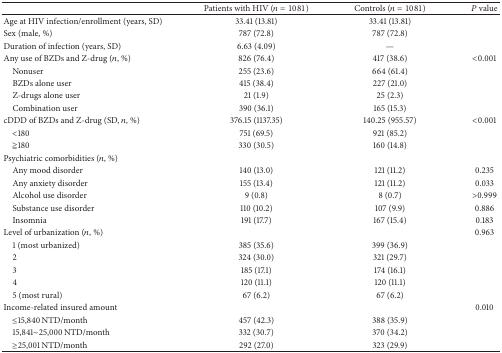
<table><thead><tr><td><b> </b></td><td><b>Patients with HIV (<i>n</i> = 1081)</b></td><td><b>Controls (<i>n</i> = 1081)</b></td><td><b><i>P</i> value</b></td></tr></thead><tbody><tr><td>Age at HIV infection/enrollment (years, SD)</td><td>33.41 (13.81)</td><td>33.41 (13.81)</td><td> </td></tr><tr><td>Sex (male, %)</td><td>787 (72.8)</td><td>787 (72.8)</td><td> </td></tr><tr><td>Duration of infection (years, SD)</td><td>6.63 (4.09)</td><td>—</td><td> </td></tr><tr><td>Any use of BZDs and Z-drug (<i>n</i>, %)</td><td>826 (76.4)</td><td>417 (38.6)</td><td>&lt;0.001</td></tr><tr><td> Nonuser</td><td>255 (23.6)</td><td>664 (61.4)</td><td> </td></tr><tr><td> BZDs alone user</td><td>415 (38.4)</td><td>227 (21.0)</td><td> </td></tr><tr><td> Z-drugs alone user</td><td>21 (1.9)</td><td>25 (2.3)</td><td> </td></tr><tr><td> Combination user</td><td>390 (36.1)</td><td>165 (15.3)</td><td> </td></tr><tr><td>cDDD of BZDs and Z-drug (SD, <i>n</i>, %)</td><td>376.15 (1137.35)</td><td>140.25 (955.57)</td><td>&lt;0.001</td></tr><tr><td> &lt;180</td><td>751 (69.5)</td><td>921 (85.2)</td><td> </td></tr><tr><td> ≧180</td><td>330 (30.5)</td><td>160 (14.8)</td><td> </td></tr><tr><td>Psychiatric comorbidities (<i>n</i>, %)</td><td> </td><td> </td><td> </td></tr><tr><td> Any mood disorder</td><td>140 (13.0)</td><td>121 (11.2)</td><td>0.235</td></tr><tr><td> Any anxiety disorder</td><td>155 (13.4)</td><td>121 (11.2)</td><td>0.033</td></tr><tr><td> Alcohol use disorder</td><td>9 (0.8)</td><td>8 (0.7)</td><td>&gt;0.999</td></tr><tr><td> Substance use disorder</td><td>110 (10.2)</td><td>107 (9.9)</td><td>0.886</td></tr><tr><td> Insomnia</td><td>191 (17.7)</td><td>167 (15.4)</td><td>0.183</td></tr><tr><td>Level of urbanization (<i>n</i>, %)</td><td> </td><td> </td><td>0.963</td></tr><tr><td> 1 (most urbanized)</td><td>385 (35.6)</td><td>399 (36.9)</td><td> </td></tr><tr><td> 2</td><td>324 (30.0)</td><td>321 (29.7)</td><td> </td></tr><tr><td> 3</td><td>185 (17.1)</td><td>174 (16.1)</td><td> </td></tr><tr><td> 4</td><td>120 (11.1)</td><td>120 (11.1)</td><td> </td></tr><tr><td> 5 (most rural)</td><td>67 (6.2)</td><td>67 (6.2)</td><td> </td></tr><tr><td>Income-related insured amount</td><td> </td><td> </td><td>0.010</td></tr><tr><td> ≤15,840 NTD/month</td><td>457 (42.3)</td><td>388 (35.9)</td><td> </td></tr><tr><td> 15,841~25,000 NTD/month</td><td>332 (30.7)</td><td>370 (34.2)</td><td> </td></tr><tr><td> ≥25,001 NTD/month</td><td>292 (27.0)</td><td>323 (29.9)</td><td> </td></tr></tbody></table>